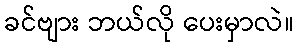
ခင်ဗျား ဘယ်လို ပေးမှာလဲ။